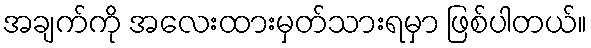
အချက်ကို အလေးထားမှတ်သားရမှာ ဖြစ်ပါတယ်။